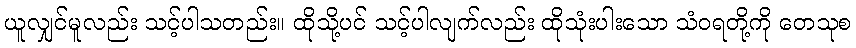
ယူလျှင်မူလည်း သင့်ပါသတည်း။ ထိုသို့ပင် သင့်ပါလျက်လည်း ထိုသုံးပါးသော သံဝရတို့ကို တေသုစ